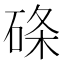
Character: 𥓃